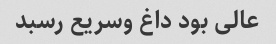
عالی بود داغ وسریع رسبد